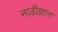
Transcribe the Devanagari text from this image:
नाड़ीज्ञान